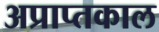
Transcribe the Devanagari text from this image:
अप्राप्तकाल